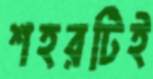
শহরটিই